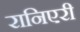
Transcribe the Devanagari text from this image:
रानिएरी